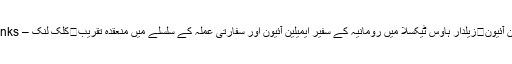
مسٹرایمیلین آئیون	زیلدار ہاوس ٹیکسلا میں رومانیہ کے سفیر ایمیلین آئیون اور سفارتی عملہ کے سلسلے میں منعقدہ تقریب	کلک لنک – Click Links